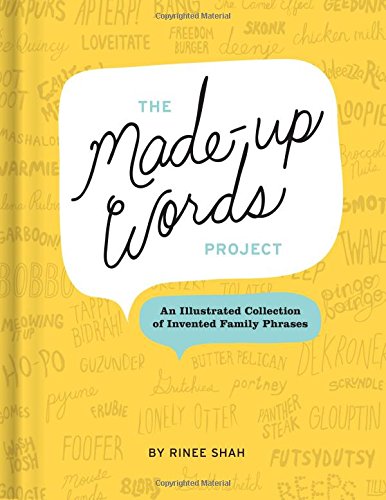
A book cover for The Made-Up Words Project: An Illustrated Collection of Invented Family Phrases; Rinee Shah; Humor & Entertainment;